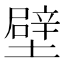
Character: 壁